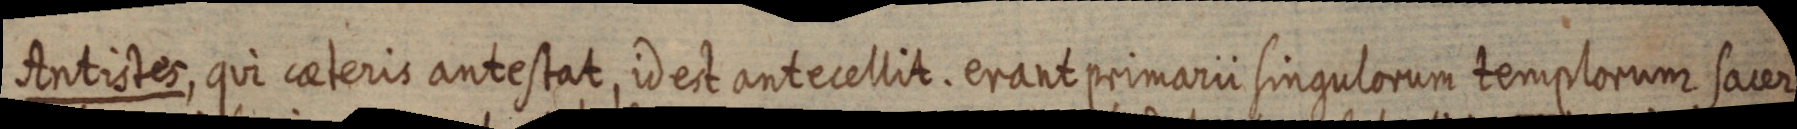
Antistes, qui caeteris antestat, id est antecellit. erant primarii singulorum templorum sacer